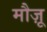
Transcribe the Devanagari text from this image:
मौज़ू